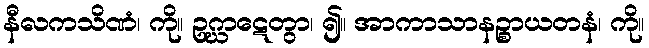
နီလကသိဏံ၊ ကို။ ဥဂ္ဃာဋေတွာ၊ ၍။ အာကာသာနဉ္စာယတနံ၊ ကို။